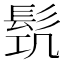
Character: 𩬛